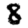
Digit: 8